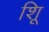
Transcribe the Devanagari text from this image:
शूि